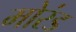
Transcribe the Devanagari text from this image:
मोरंड